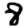
Digit: 8